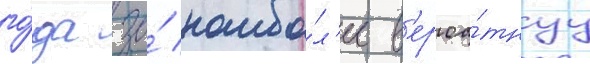
го́да за́ наибо́л'ее в'ероа́тнуу